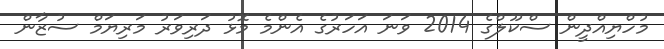
މުހްޔިއްދީން ސްކޫލްގެ 2014 ވަނަ އަހަރުގެ އެންމެ މޮޅު ދަރިވަރު މަރިޔަމް ސުޒާން